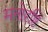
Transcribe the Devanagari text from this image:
मनोदृष्टि